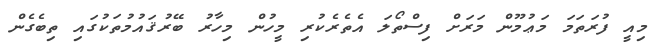
މިއީ ފުރަތަމަ މަޢުމޫން މަރަށް ފިސްތޯލަ އެތެރެކުރި މީހުން މިހާރު ބޭރުޤައުމުތަކުގައި ތިބެގެން